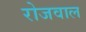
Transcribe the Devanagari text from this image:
रोजवाल